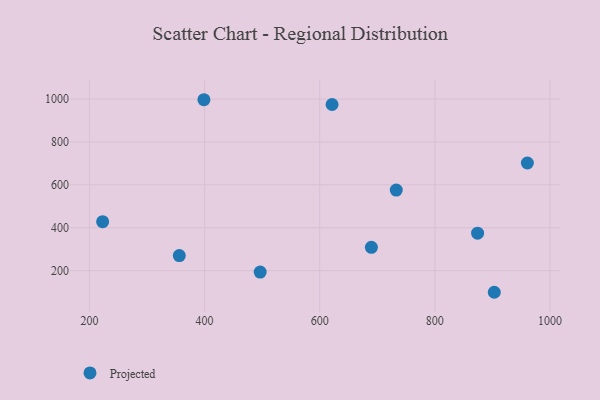
{"axis": {"x": "Experience", "y": "Rating"}, "legend": ["Projected"], "data": [{"x": "903.2", "y": 99.0, "type": "Projected"}, {"x": "621.4", "y": 974.8, "type": "Projected"}, {"x": "496.5", "y": 193.4, "type": "Projected"}, {"x": "874.2", "y": 374.6, "type": "Projected"}, {"x": "398.8", "y": 997.0, "type": "Projected"}, {"x": "732.9", "y": 575.8, "type": "Projected"}, {"x": "222.8", "y": 428.3, "type": "Projected"}, {"x": "960.7", "y": 702.0, "type": "Projected"}, {"x": "356.0", "y": 270.2, "type": "Projected"}, {"x": "689.7", "y": 308.7, "type": "Projected"}]}